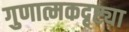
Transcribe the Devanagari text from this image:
गुणात्मकदृष्ट्या